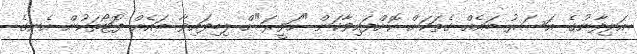
އަލިފާނުގެ އަސަރު ބައެއް ގެތަކަށް ކޮށްފައިވާކަން "ހަވީރަ"ށް ލިބިފައިވާ ބައެއް ފޮޓޯތަކުން އެނގެ